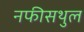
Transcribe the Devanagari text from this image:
नफीसथुल